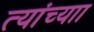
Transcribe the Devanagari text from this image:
त्यांच्याा